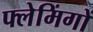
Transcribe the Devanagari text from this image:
फ्लेमिंगों